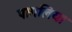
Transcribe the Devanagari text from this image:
पागलिया